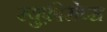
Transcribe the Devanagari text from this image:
रयुफ़ीसेप्स